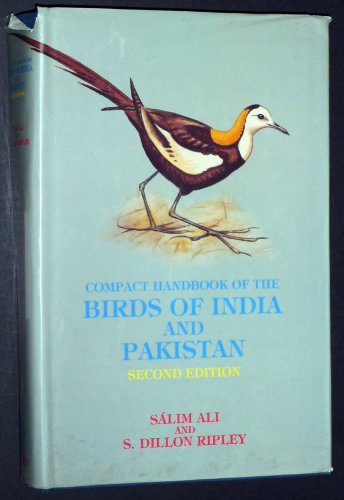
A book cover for Compact Handbook of the Birds of India and Pakistan: Together with Those of Bangladesh, Nepal, Bhutan, and Sri Lanka; SÃ¡lim Ali; Travel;